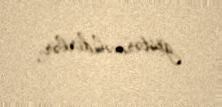
göstərməlidirlər.